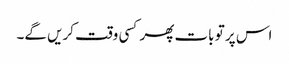
اس پر تو بات پھر کسی وقت کریں گے۔